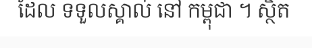
ដែល ទទួលស្គាល់ នៅ កម្ពុជា ។ ស្ថិត